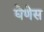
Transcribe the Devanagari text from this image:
घेणेस